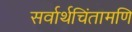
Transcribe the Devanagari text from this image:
सर्वार्थचिंतामणि